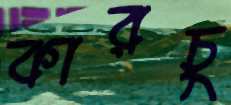
কারচু